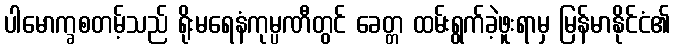
ပါမောက္ခစတမ့်သည် ရိုးမရေနံကုမ္ပဏီတွင် ခေတ္တ ထမ်းရွက်ခဲ့ဖူးရာမှ မြန်မာနိုင်ငံ၏